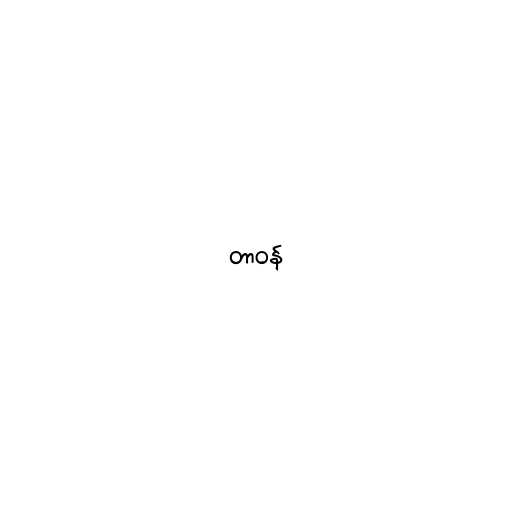
တာဝန်